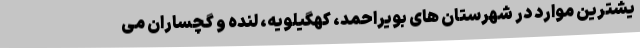
یشترین موارد در شهرستان های بویراحمد، کهگیلویه، لنده و گچساران می